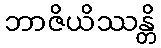
ဘာဇိယိဿန္တိ